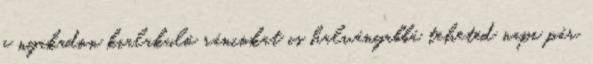
a nyakadon kialakuló ráncokat is halványabbá teheted napi pár